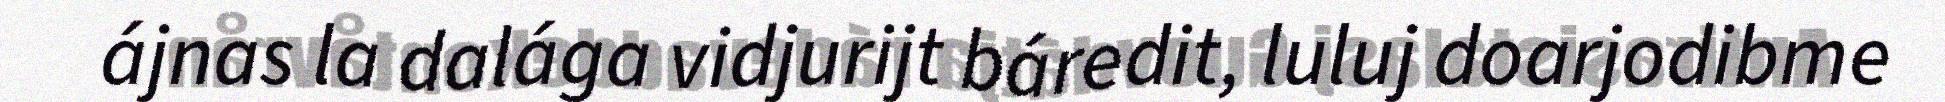
ájnas la dalága vidjurijt báredit, luluj doarjodibme